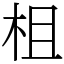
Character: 柤